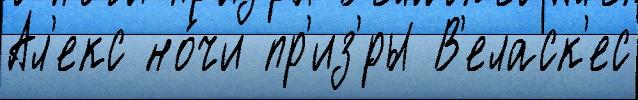
Ал'екс но́чи пр'из'́ры В'еласк'ес